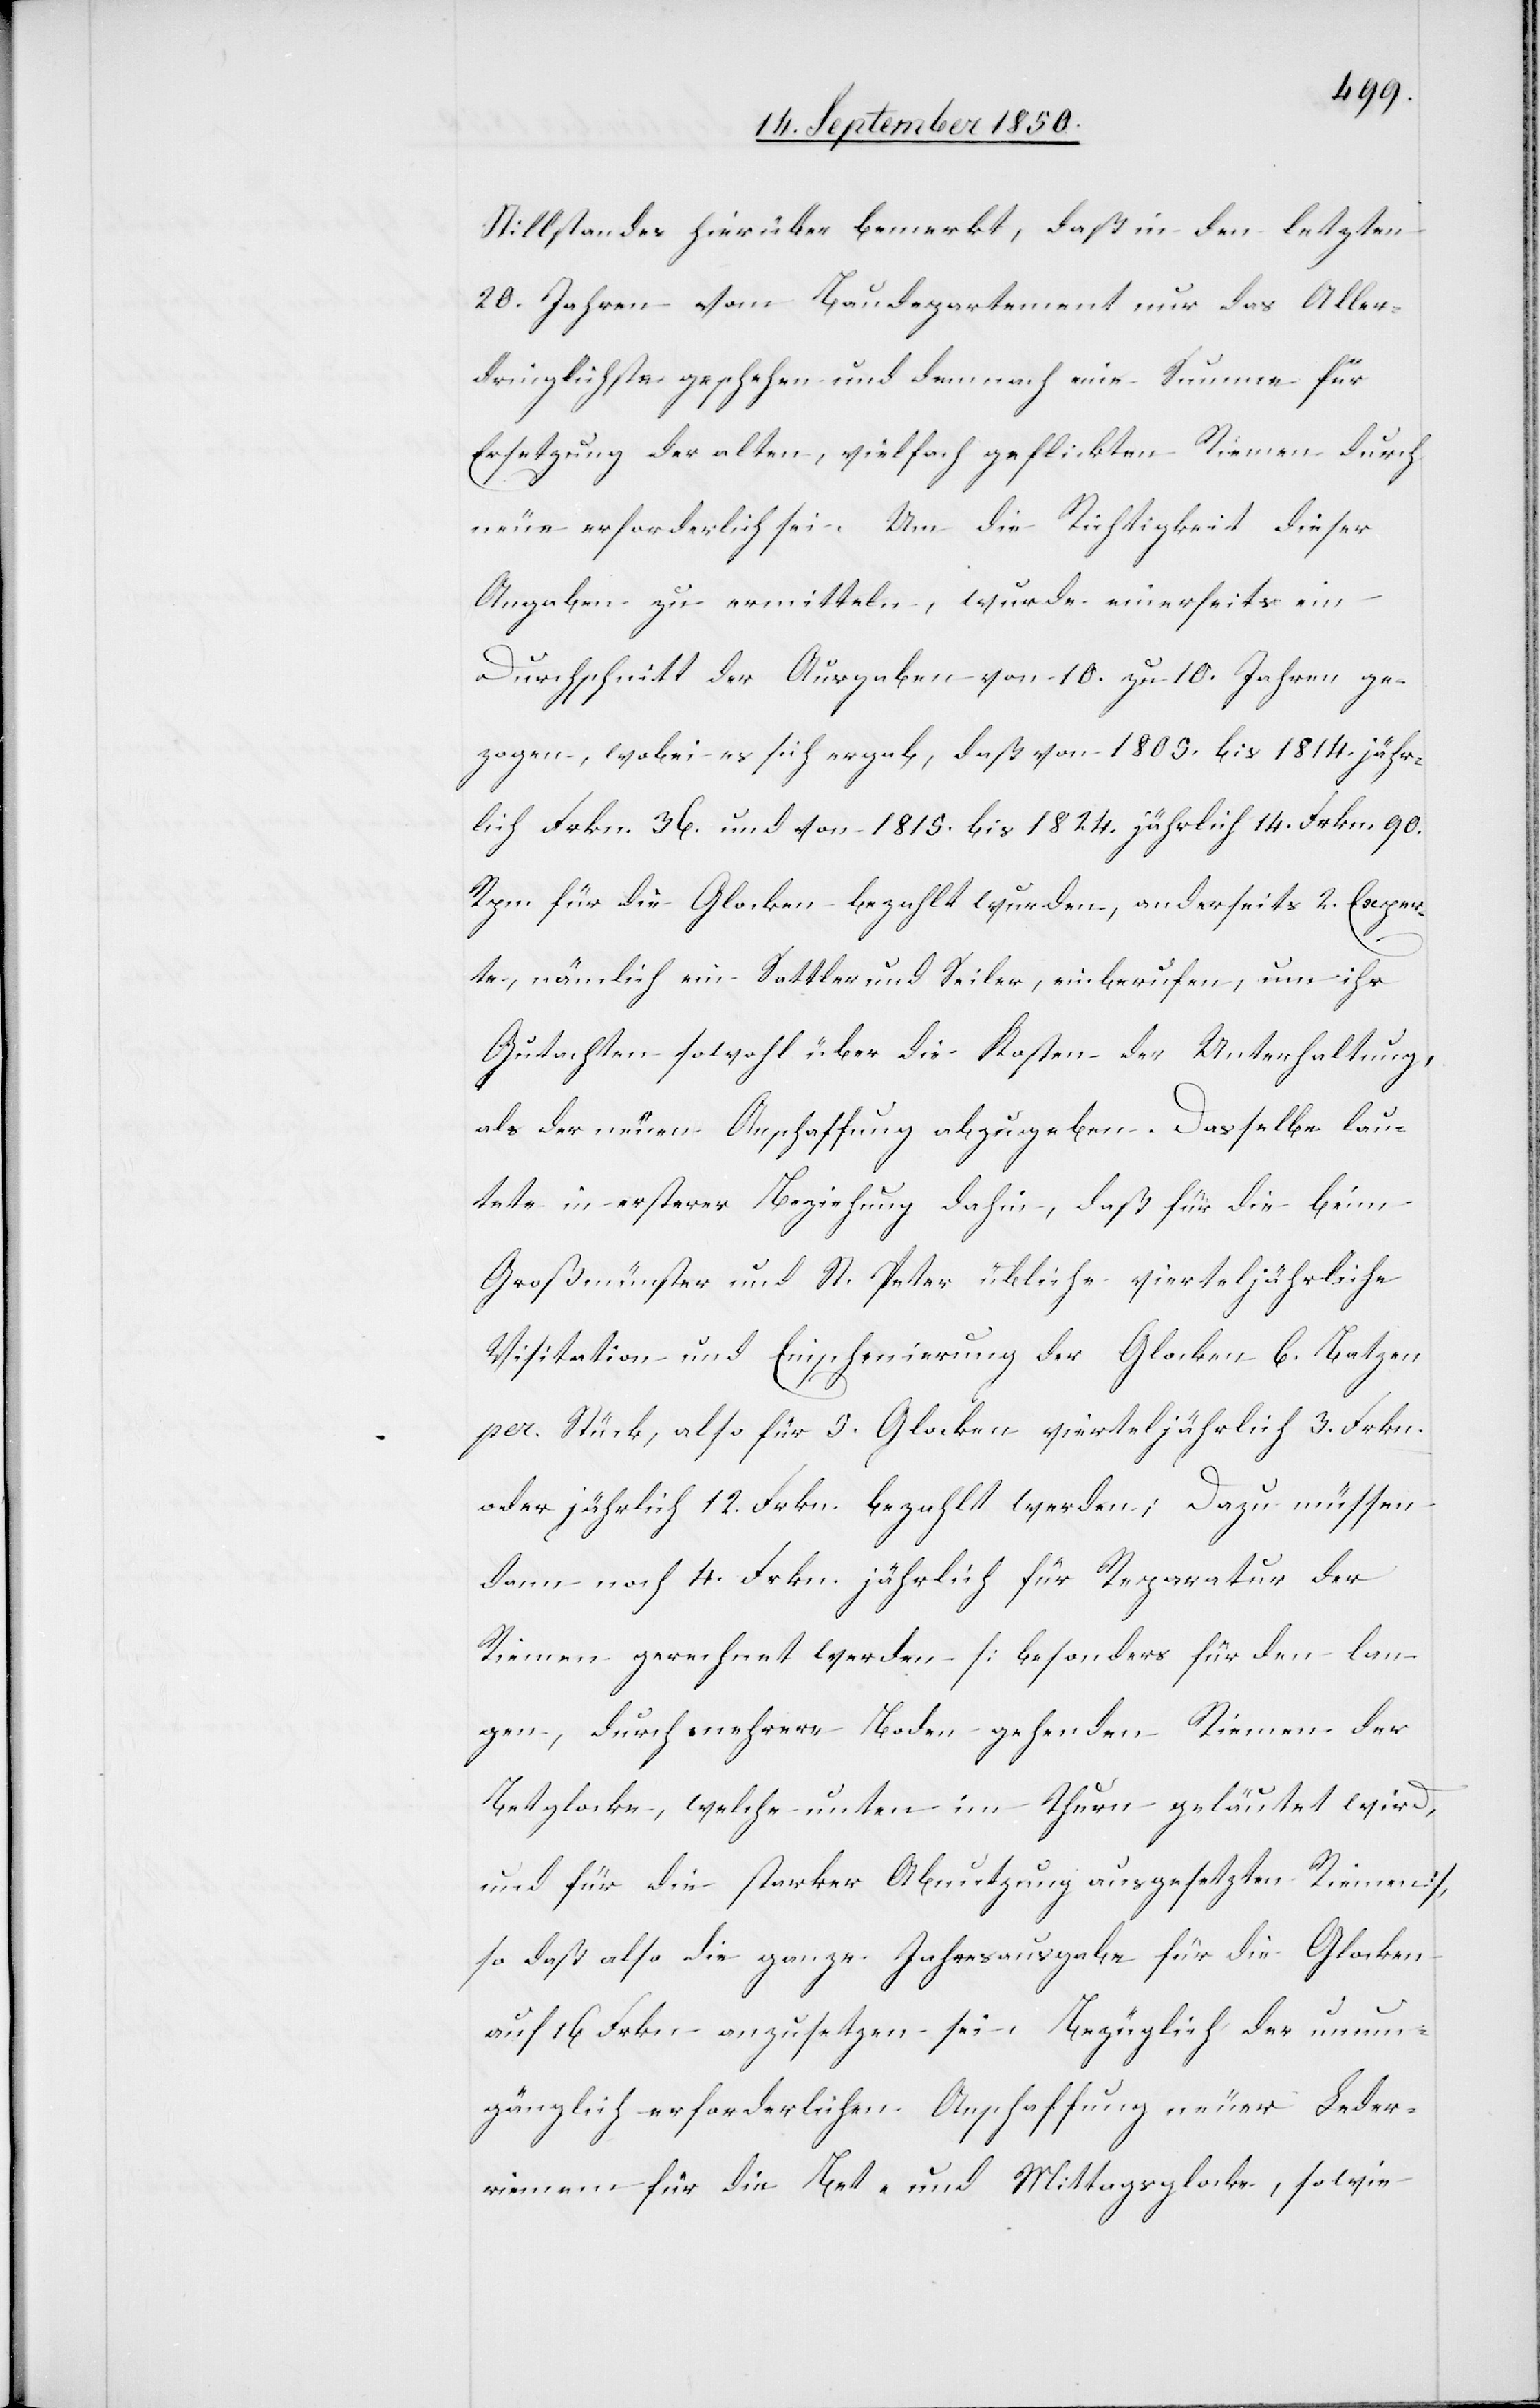
Stillstandes hierüber bemerkt, daß in den letzten
20. Jahren vom Baudepartement nur das Aller¬
dringlichste geschehen und demnach eine Summe für
Ersetzung der alten, vielfach geflickten Riemen durch
neue erforderlich sei. Um die Richtigkeit dieser
Angaben zu ermitteln, wurde einerseits ein
Durchschnitt der Ausgaben von 10. zu 10. Jahren ge¬
zogen, wobei es sich ergab, daß von 1800. bis 1814. jähr¬
lich Frkn. 36. und von 1815. bis 1824. jährlich 14. Frkn. 90.
Rpn. für die Glocken bezahlt wurden, anderseits 2. Exper¬
te, nämlich ein Sattler und Seiler, einberufen, um ihr
Gutachten sowohl über die Kosten der Unterhaltung,
als der neuen Anschaffung abzugeben. Dasselbe lau¬
tete in ersterer Beziehung dahin, daß für die beim
Großmünster und St. Peter übliche vierteljährliche
Visitation und Einschmierung der Glocken 6. Batzen
per Stück, also für 5. Glocken vierteljährlich 3. Frkn.
oder jährlich 12. Frkn. bezahlt werden; Dazu müssen
dann noch 4. Frkn. jährlich für Reparatur der
Riemen gerechnet werden [besonders für den lan¬
gen, durch mehrere Boden gehenden Riemen der
Betglocke, welche unten im Thurn [sic!] geläutet wird,
und für die starker Abnutzung ausgesetzten Riemen],
so daß also die ganze Jahresausgabe für die Glocken
auf 16 Frkn anzusetzen sei. Bezüglich der unum¬
gänglich erforderlichen Anschaffung neuer Leder¬
riemen für die Bet- und Mittagsglocke, sowie